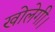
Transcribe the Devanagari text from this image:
खोलेगी।